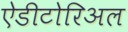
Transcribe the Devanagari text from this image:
ऐडीटोरिअल